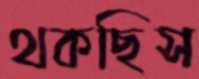
থকছিস